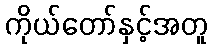
ကိုယ်တော်နှင့်အတူ